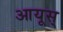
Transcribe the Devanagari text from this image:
आयूस्‌